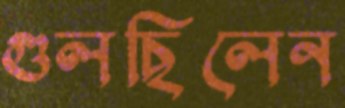
গুলছিলেন